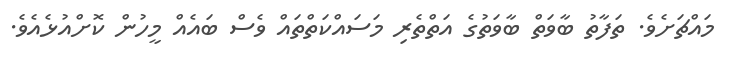
މައްޗަށެވެ. ތަފާތު ބާވަތް ބާވަތުގެ އަތްތެރި މަސައްކަތްތައް ވެސް ބައެއް މީހުން ކޮށްއުޅެއެވެ.